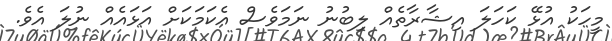
މީހަކު އުޅޭ ކަހަލަ އިޝާރާތެއް ލިބުނު ނަމަވެސް އެކަމަކަށް އަޅައެއް ނުލަ އެވެ.